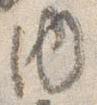
内